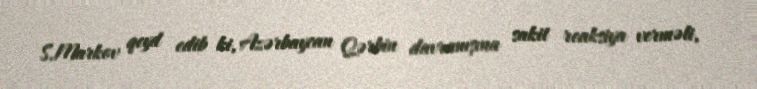
S.Markov qeyd edib ki, Azərbaycan Qərbin davranışına sakit reaksiya verməli,